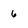
Character: 6